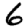
Digit: 6